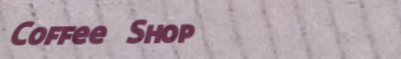
Coffee Shop